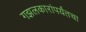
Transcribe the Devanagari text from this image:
गझलकारांपर्यंतचा